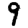
Digit: 9